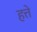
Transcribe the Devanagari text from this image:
हत्ते